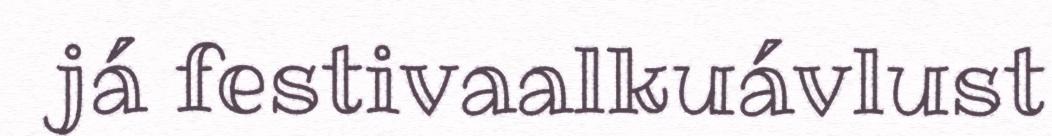
já festivaalkuávlust